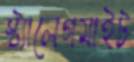
স্ট্যালেগমাইট